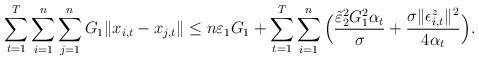
LaTeX: \begin{align*}\sum_{t=1}^{T}\sum_{i=1}^n\sum_{j=1}^nG_1\|x_{i,t}-x_{j,t}\|\le n\varepsilon_1G_1+\sum_{t=1}^{T}\sum_{i=1}^n\Big(\frac{\tilde{\varepsilon}_2^2G_1^2\alpha_t}{\sigma}+\frac{\sigma\|\epsilon^z_{i,t}\|^2}{4\alpha_t}\Big).\end{align*}